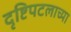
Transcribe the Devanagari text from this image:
दृष्टिपटलाच्या